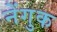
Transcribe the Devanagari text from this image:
नेंगुक